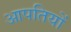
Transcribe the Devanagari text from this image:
आपतियों